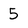
Character: 5